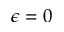
\epsilon = 0